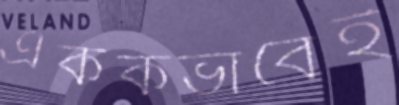
এককভাবেই